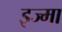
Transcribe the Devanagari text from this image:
इज्मा